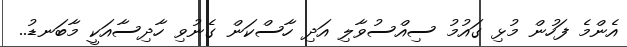
އެންމެ ފަހުން މުޅި ގައުމު ސިއްސުވާލި އަދި ހާސްކަން ގެނުވި ހާދިސާއަކީ މާބަނޑު..